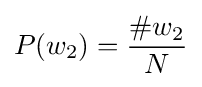
P(w_{2})={\frac {\#w_{2}}{N}}